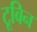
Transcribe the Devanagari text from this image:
टूबिन